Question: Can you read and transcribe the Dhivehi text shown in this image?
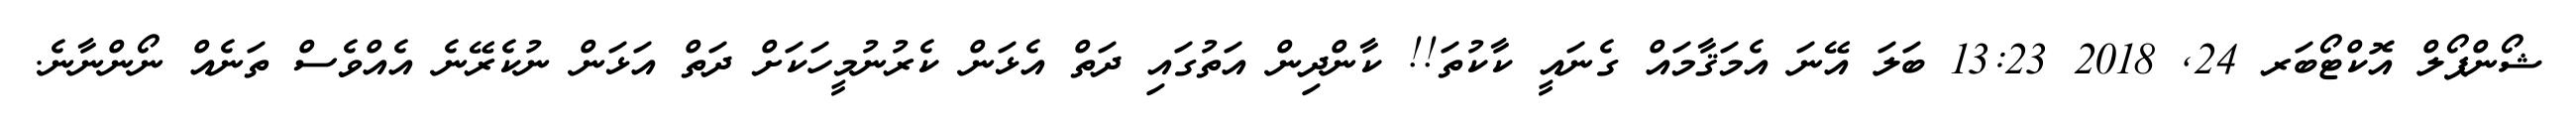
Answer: ޝޯންޕޯލް އޮކްޓޯބަރ 24, 2018 13:23 ބަލަ އޭނަ އެމަޤާމައް ގެނައީ ކާކުތަ!! ކާންދިން އަތުގައި ދަތް އެޅަން ކެރުނުމީހަކަށް ދަތް އަޅަން ނުކެރޭނެ އެއްވެސް ތަނެއް ނޯންނާނެ.